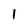
Character: 1